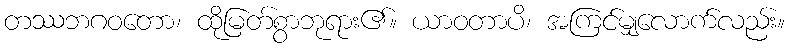
တဿဘဂဝတော၊ ထိုမြတ်စွာဘုရား၏။ ယာဝတာပိ၊ အကြင်မျှလောက်လည်း။